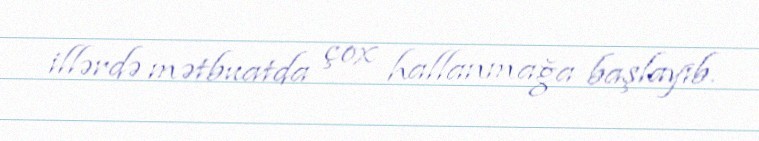
illərdə mətbuatda çox hallanmağa başlayıb.